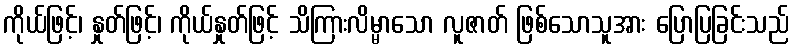
ကိုယ်ဖြင့်၊ နှုတ်ဖြင့်၊ ကိုယ်နှုတ်ဖြင့် သိကြားလိမ္မာသော လူဇာတ် ဖြစ်သောသူအား ပြောပြခြင်းသည်